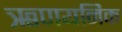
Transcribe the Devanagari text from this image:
ऋणयनिक